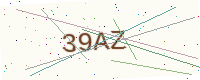
Text: 39AZ